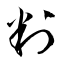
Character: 判